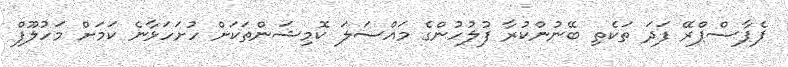
ޕެޕާސްޕްރޭ ފަދަ ތަކެތި ބޭނުންކުރާ ފުލުހުންގެ މައްސަލަ ކޮމިޝަންތަކަށް ހުށަހަޅާނެ ކަމަށް މަހުލޫފް